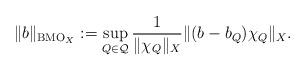
LaTeX: \begin{align*}\| b \|_{{\rm BMO}_X}:=\sup_{Q\in\mathcal{Q}} \frac{1}{\| \chi_Q \|_X} \| (b-b_Q)\chi_Q \|_X .\end{align*}